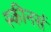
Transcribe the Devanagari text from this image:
स्कीनर्स